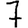
Digit: 7